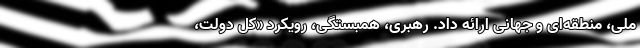
ملی، منطقه‌ای و جهانی ارائه داد. رهبری، همبستگی، رویکرد «کل دولت،